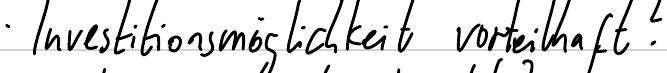
Investitionsmöglichkeit vorteilhaft?